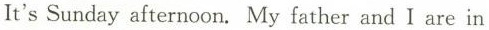
It's Sunday afternoon. My father and I are in